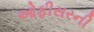
ઓફીસરની